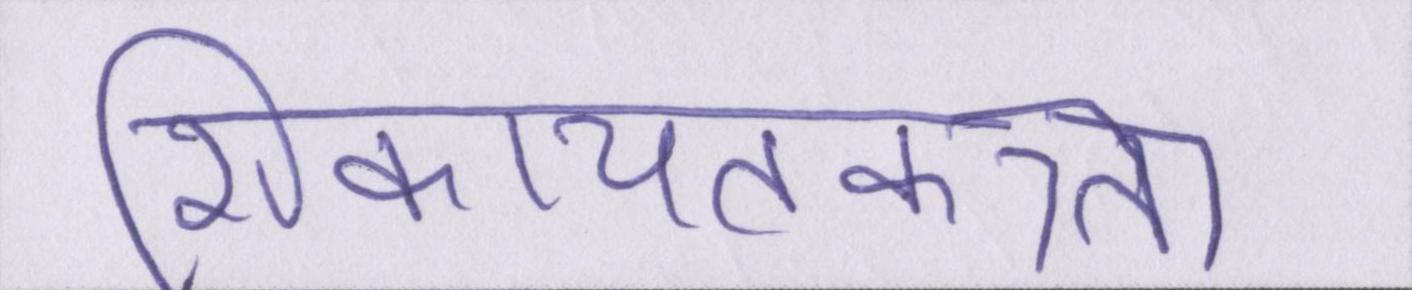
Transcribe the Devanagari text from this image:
शिकायतकत्र्ता